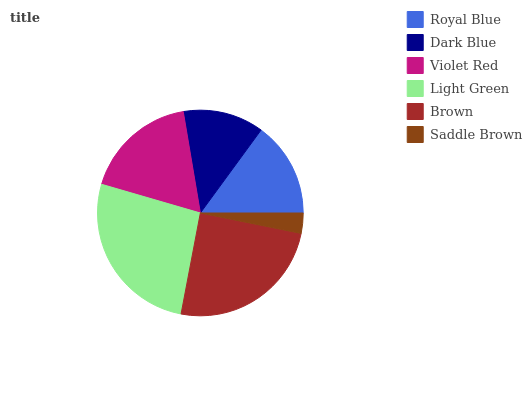
| Royal Blue | Dark Blue | Violet Red | Light Green | Brown | Saddle Brown |
 | --- | --- | --- | --- | --- | --- |
 | 14.9% | 12.7% | 17.8% | 26.6% | 24.8% | 3.18% |